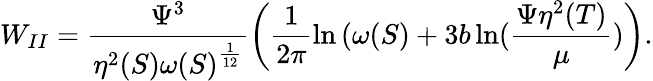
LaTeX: W_{II}=\frac{{\Psi}^{3}}{\eta^{2}(S){\omega(S)}^{\frac{1}{12}}}\left(\frac{1}{2\pi}{\ln{(\omega(S)}}+3b\ln(\frac{\Psi\eta^{2}(T)}{\mu})\right).